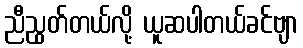
ညီညွတ်တယ်လို့ ယူဆပါတယ်ခင်ဗျာ